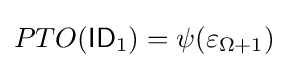
PTO({\mathsf {ID}}_{1})=\psi (\varepsilon _{\Omega +1})